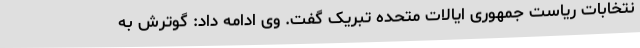
نتخابات ریاست جمهوری ایالات متحده تبریک گفت. وی ادامه داد: گوترش به